Report of the Municipal Commissioner on the plague in Bombay for the year ending 31st May... - Volume 3
Disease focus: Plague
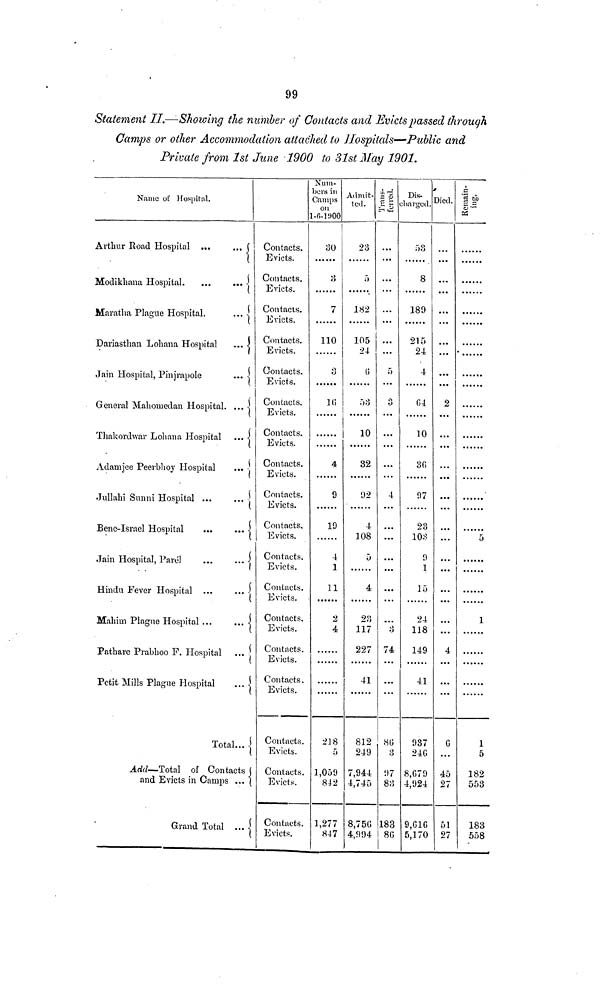
99
Statement IT.—Showing the number of Contacts and Evicts passed through
Gamps or other Accommodation attached to Hospitals—Public and
Private from 1st June 1900 to 31st May 1901.
Name of Hospital.
Arthur Road Hospital ...
... j
Modikhana Hospital.
...
... -
Maratha Plague Hospital.
... \
Dariasthan Lohana Hospital
... •!
Jain Hospital, Pinjrapole
... \
General Mahoinedan Hospital. ... \
Thakordwar Lohana Hospital ... -J
Adamjee Peerbhoy Hospital
Jullahi Sunni Hospital ...
Bene-Israel Hospital
...
... <
Jain Hospital, Pavel
...
... j
Hindu Fever Hospital ...
... -
Mahim Plague Hospital ...
... <
Pathare Prabhoo F. Hospital ...
Petit Mills Plague Hospital
... i
Total... -j
Add—Total of Contacts (
and Evicts in Camps ... (
Grand Total ... j
Contacts.
Evicts.
Contacts.
Evicts.
Contacts.
Evicts.
Contacts.
Evicts.
Contacts.
Evicts.
Contacts.
Evicts.
Contacts.
Evicts.
Contacts.
Evicts.
Contacts.
Evicts.
Contacts.
Evicts.
Contacts.
Evicts.
Contacts.
Evicts.
Contacts.
Evicts.
Contacts.
Evicts.
Contacts.
Evicts.
Contacts.
Evicts.
Contacts.
Evicts.
Contacts.
Evicts.
Num-
bers in
Camps
on
l-fi-l!)00
30
3
7
110
O
1(5
1
4
9
19
4
1
11
2
218
5
1,059
842
1,277
847
Admit-
ted.
23
r>
182
105
24
ü
i) 8
10
32
92
4
108
5
4
23
117
227
41
812
249
7,944
4,745
8,75(5
4,994
SI L
• ••
• *•
...
5
o
O
...
4
...
...
3
74
«(i
3
97
83
188
8G
Dis-
liargcd. l
53
8
189
215
24
4
04
10
30
97
23
108
9
1
15
24
118
149
41
937
24G
8,079
4,924
9.G1C
5,170
3ied.
...
...
2
...
...
...
4
0
...
45
27
51
27
_¿
Q3
5
1
1
5
182
553
183
558